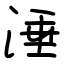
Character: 涶